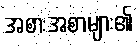
အစားအစာများ၏